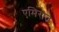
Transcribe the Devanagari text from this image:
एमिरात